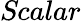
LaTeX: \textit{Scalar}